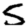
Digit: 5